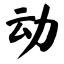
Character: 动